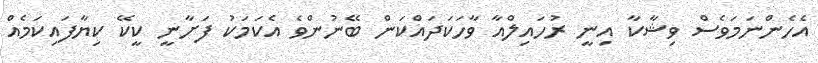
އެހެންނަމަވެސް ވިޝާކާ އިނީ ރުހައިލްއާ ވާހަކަދައްކަން ބޭނުންވެ އެކަމަކު ފަށާނީ ކީކޭ ކިޔާފައިކަމެއް